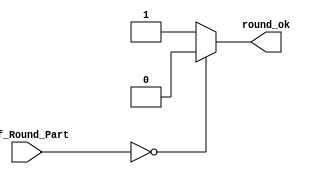
`timescale 1ns / 1ps
//////////////////////////////////////////////////////////////////////////////////
// Company: 
// Engineer: 
// 
// Design Name: 
// Module Name:    OR_Module 
// Project Name: 
// Target Devices: 
// Tool versions: 
// Description: 
//
// Dependencies: 
//
// Revision: 
// Revision 0.01 - File Created
// Additional Comments: 
//
//////////////////////////////////////////////////////////////////////////////////
module OR_Module
	//SINGLE PRECISION PARAMETERS
	# (parameter W = 23)
	//DOUBLE PRECISION PARAMETERS
/*	# (parameter W = 52) */
	(
		input wire [W-1:0] Sgf_Round_Part,
		output wire round_ok
    );

wire [W-1:0] zero_q;
assign zero_q = 0;
///////////////////////////////////////////////////////////////////
assign round_ok = ~(Sgf_Round_Part == zero_q) ? 1'b1 : 1'b0;

endmodule